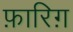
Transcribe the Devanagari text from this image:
फ़ारिग़